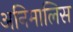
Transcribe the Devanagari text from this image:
अनिमालिस